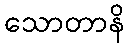
သောတာနိ